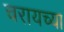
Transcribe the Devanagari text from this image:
चरायच्या